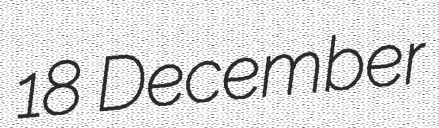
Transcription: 18 December